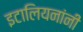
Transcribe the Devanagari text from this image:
इटालियनांनी